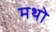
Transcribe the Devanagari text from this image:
मथो